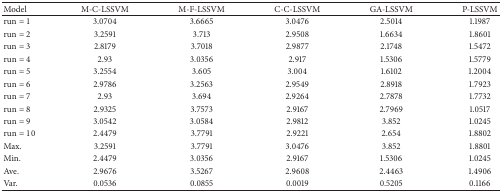
| Model | M-C-LSSVM | M-F-LSSVM | C-C-LSSVM | GA-LSSVM | P-LSSVM |
 | --- | --- | --- | --- | --- | --- |
 | run = 1 | 3.0704 | 3.6665 | 3.0476 | 2.5014 | 1.1987 |
 | run = 2 | 3.2591 | 3.713 | 2.9508 | 1.6634 | 1.8601 |
 | run = 3 | 2.8179 | 3.7018 | 2.9877 | 2.1748 | 1.5472 |
 | run = 4 | 2.93 | 3.0356 | 2.917 | 1.5306 | 1.5779 |
 | run = 5 | 3.2554 | 3.605 | 3.004 | 1.6102 | 1.2004 |
 | run = 6 | 2.9786 | 3.2563 | 2.9549 | 2.8918 | 1.7923 |
 | run = 7 | 2.93 | 3.694 | 2.9264 | 2.7878 | 1.7732 |
 | run = 8 | 2.9325 | 3.7573 | 2.9167 | 2.7969 | 1.0517 |
 | run = 9 | 3.0542 | 3.0584 | 2.9812 | 3.852 | 1.0245 |
 | run = 10 | 2.4479 | 3.7791 | 2.9221 | 2.654 | 1.8802 |
 | Max. | 3.2591 | 3.7791 | 3.0476 | 3.852 | 1.8801 |
 | Min. | 2.4479 | 3.0356 | 2.9167 | 1.5306 | 1.0245 |
 | Ave. | 2.9676 | 3.5267 | 2.9608 | 2.4463 | 1.4906 |
 | Var. | 0.0536 | 0.0855 | 0.0019 | 0.5205 | 0.1166 |